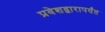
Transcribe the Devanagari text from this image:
प्रवेशद्वारापर्यंत